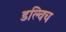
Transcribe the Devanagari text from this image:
डल्विच